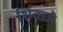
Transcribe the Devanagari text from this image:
शिंकजे